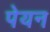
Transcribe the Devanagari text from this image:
पेयन